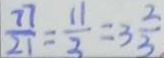
\frac { 7 7 } { 2 1 } = \frac { 1 1 } { 3 } = 3 \frac { 2 } { 3 }